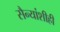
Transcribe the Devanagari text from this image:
सैन्यांशीही